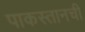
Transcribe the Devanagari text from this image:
पाकस्तानची